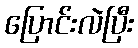
ပြောင်းလဲပြီး